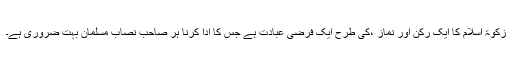
زکوٰۃ اسلام کا ایک رکن اور نماز ،کی طرح ایک فرضی عبادت ہے جس کا ادا کرنا ہر صاحب نصاب مسلمان بہت ضروری ہے۔